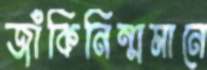
জাঁকিনিন্মমানে